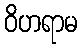
ဝိဟရာမ